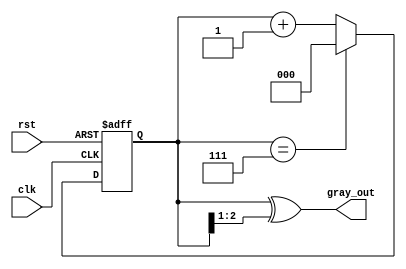
module gray_code_counter (
    input wire clk,       // Clock signal
    input wire rst,       // Asynchronous reset signal
    output reg [2:0] gray_out // 3-bit Gray code output
);

    reg [2:0] binary_count; // 3-bit binary counter

    // Gray code conversion function
    function [2:0] binary_to_gray;
        input [2:0] binary;
        begin
            binary_to_gray = binary ^ (binary >> 1);
        end
    endfunction

    // Sequential logic for counting
    always @(posedge clk or posedge rst) begin
        if (rst) begin
            binary_count <= 3'b000; // Reset binary counter to 0
        end else begin
            if (binary_count == 3'b111) begin
                binary_count <= 3'b000; // Wrap around to 0
            end else begin
                binary_count <= binary_count + 1; // Increment binary counter
            end
        end
    end

    // Update Gray code output
    always @(binary_count) begin
        gray_out <= binary_to_gray(binary_count); // Convert binary to Gray code
    end

endmodule